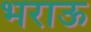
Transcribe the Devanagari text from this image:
भराऊ